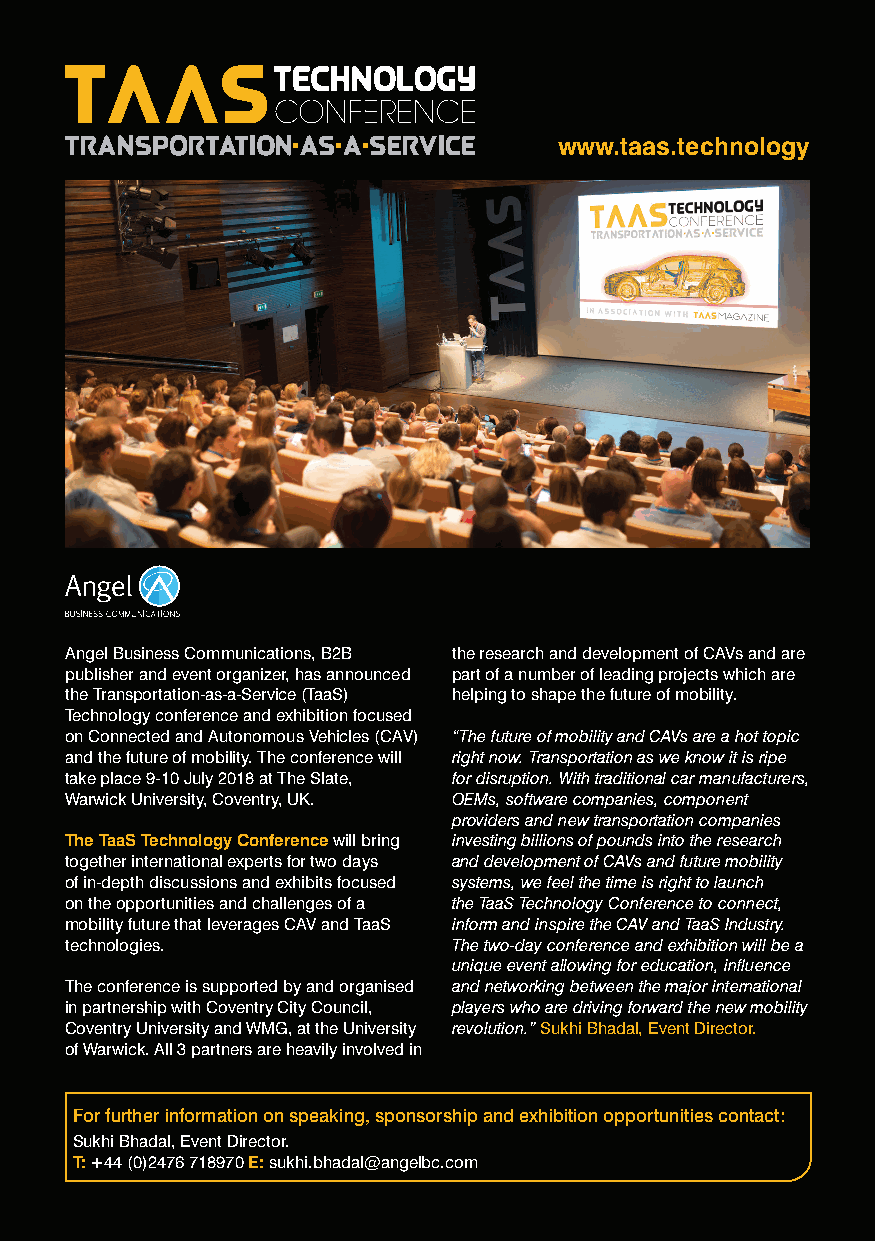
www.taas.technology
 Angel Business Communications, B2B the research and development of CAVs and are
 publisher and event organizer, has announced part of a number of leading projects which are
 the Transportation-as-a-Service (TaaS) helping to shape the future of mobility.
 Technology conference and exhibition focused
 on Connected and Autonomous Vehicles (CAV) “The future of mobility and CAVs are a hot topic
 and the future of mobility. The conference will right now. Transportation as we know it is ripe
 take place 9-10 July 2018 at The Slate, for disruption. With traditional car manufacturers,
 Warwick University, Coventry, UK. OEMs, software companies, component
 providers and new transportation companies
 The TaaS Technology Conference will bring investing billions of pounds into the research
 together international experts for two days and development of CAVs and future mobility
 of in-depth discussions and exhibits focused systems, we feel the time is right to launch
 on the opportunities and challenges of a the TaaS Technology Conference to connect,
 mobility future that leverages CAV and TaaS inform and inspire the CAV and TaaS Industry.
 technologies.             The two-day conference and exhibition will be a
 unique event allowing for education, influence
 The conference is supported by and organised and networking between the major international
 in partnership with Coventry City Council, players who are driving forward the new mobility
 Coventry University and WMG, at the University revolution.” Sukhi Bhadal, Event Director.
 of Warwick. All 3 partners are heavily involved in
 For further information on speaking, sponsorship and exhibition opportunities contact:
 Sukhi Bhadal, Event Director.
 T: +44 (0)2476 718970 E: sukhi.bhadal@angelbc.com